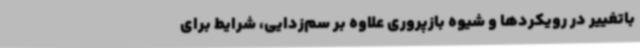
باتغییر در رویکردها و شیوه بازپروری علاوه بر سم‌زدایی، شرایط برای